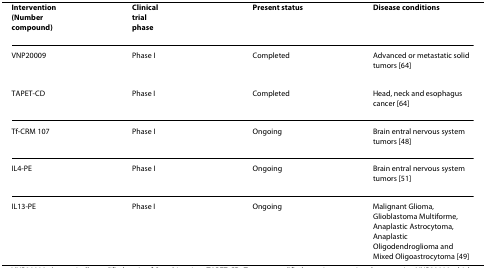
<table><thead><tr><td><b>Intervention(Numbercompound)</b></td><td><b>Clinicaltrialphase</b></td><td><b>Present status</b></td><td><b>Disease conditions</b></td></tr></thead><tbody><tr><td>VNP20009</td><td>Phase I</td><td>Completed</td><td>Advanced or metastatic solid tumors [64]</td></tr><tr><td>TAPET-CD</td><td>Phase I</td><td>Completed</td><td>Head, neck and esophagus cancer [64]</td></tr><tr><td>Tf-CRM 107</td><td>Phase I</td><td>Ongoing</td><td>Brain entral nervous system tumors [48]</td></tr><tr><td>IL4-PE</td><td>Phase I</td><td>Ongoing</td><td>Brain entral nervous system tumors [51]</td></tr><tr><td>IL13-PE</td><td>Phase I</td><td>Ongoing</td><td>Malignant Glioma, Glioblastoma Multiforme, Anaplastic Astrocytoma, Anaplastic Oligodendroglioma and Mixed Oligoastrocytoma [49]</td></tr></tbody></table>